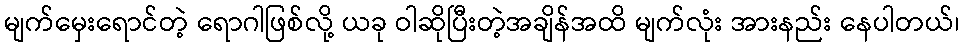
မျက်မှေးရောင်တဲ့ ရောဂါဖြစ်လို့ ယခု ဝါဆိုပြီးတဲ့အချိန်အထိ မျက်လုံး အားနည်း နေပါတယ်၊